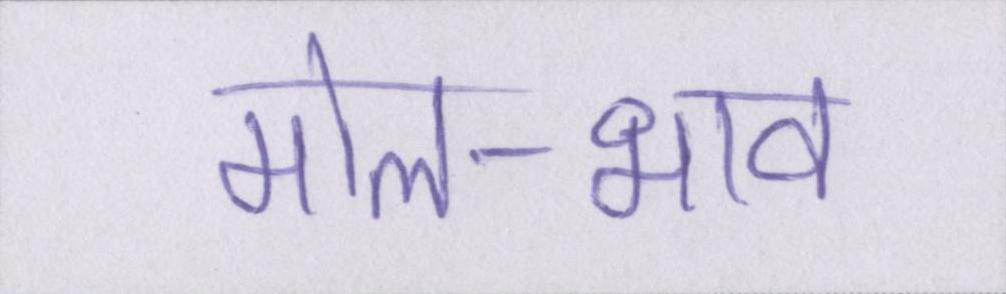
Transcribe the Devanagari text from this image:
मोल-भाव